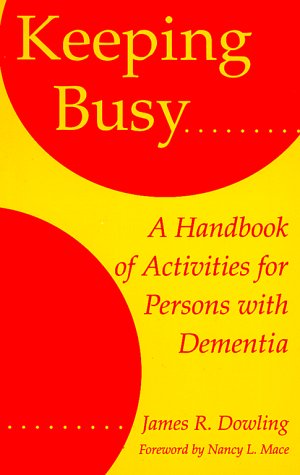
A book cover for Keeping Busy: A Handbook of Activities for Persons with Dementia; James R. Dowling; Medical Books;